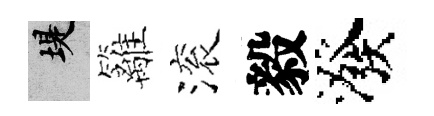
堤籬滚毅潑